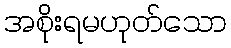
အစိုးရမဟုတ်သော